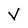
Character: V